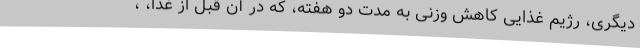
دیگری، رژیم غذایی کاهش وزنی به مدت دو هفته، که در آن قبل از غذا، ،